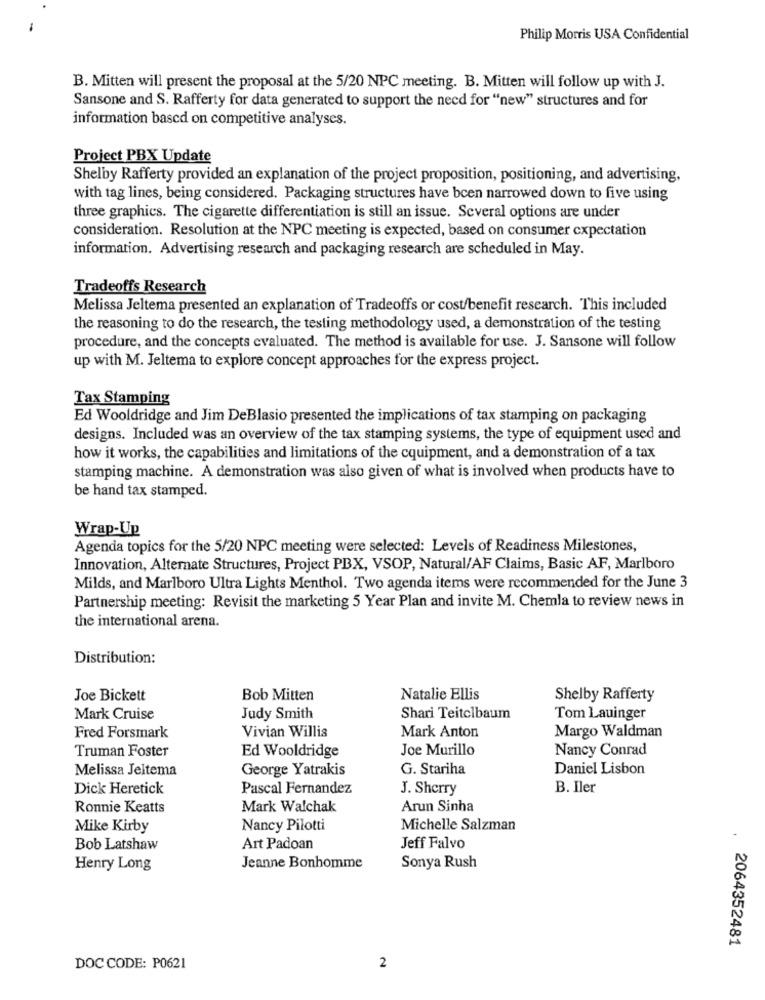
Philip Morris USA Confidential
B. Mitten will present the proposal at the 5/20 NPC meeting. B. Mitten will follow up with J.
Sansone and S. Rafferty for data generated to support the need for "new" structures and for
information based on competitive analyses.
Project PBX Update
Shelby Rafferty provided an explanation of the project proposition, positioning, and advertising,
with tag lines, being considered. Packaging structures have bcen narrowed down to five using
three graphics. The cigarette differentiation is still an issue. Several options are under
consideration. Resolution at the NPC meeting is expected, based on consumer expectation
information. Advertising research and packaging research are scheduled in May.
Tradeoffs Research
Melissa Jeltema presented an explanation of Tradeoffs or cost/benefit research. This included
the reasoning to do the research, the testing methodology used, a demonstration of the testing
procedure, and the concepts evaluated. The method is available for use. J. Sansone will follow
up with M. Jeltema to explore concept approaches for the express project.
Tax Stamping
Ed Wooldridge and Jim DeBlasio presented the implications of tax stamping on packaging
designs. Included was an overview of the tax stamping systems, the type of equipment used and
how it works, the capabilities and limitations of the cquipment, and a demonstration of a tax
stamping machine. A demonstration was also given of what is involved when products have to
be hand tax stamped.
Wrap-Up
Agenda topics for the 5/20 NPC meeting were selected: Levels of Readiness Milestones,
Innovation, Alternate Structures, Project PBX, VSOP, Natural/AF Claims, Basic AF, Marlboro
Milds, and Marlboro Ultra Lights Menthol. Two agenda items were recommended for the June 3
Partnership meeting: Revisit the marketing 5 Year Plan and invite M. Chemla to review news in
the international arena.
Distribution:
Joe Bickett
Bob Mitten
Natalie Ellis
Shelby Rafferty
Mark Cruise
Judy Smith
Shari Teitelbaum
Tom Lauinger
Vivian Willis
Mark Anton
Fred Forsmark
Margo Waldman
Truman Foster
Ed Wooldridge
Joe Murillo
Nancy Conrad
Melissa Jeltema
George Yatrakis
G. Stariha
Daniel Lisbon
Dick Heretick
Pascal Fernandez
J. Sherry
B. Iler
Ronnie Keatts
Mark Walchak
Arun Sinha
Mike Kirby
Nancy Pilotti
Michelle Salzman
Bob Latshaw
Art Padoan
Jeff Falvo
Henry Long
Jeanne Bonhomme
Sonya Rush
2064352481
DOC CODE: P0621
2